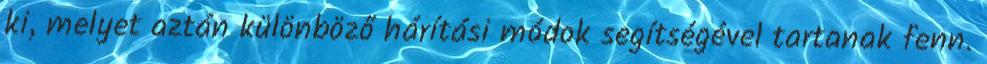
ki, melyet aztán különböző hárítási módok segítségével tartanak fenn.